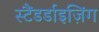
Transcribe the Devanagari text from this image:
स्टैंडर्डाइज़िंग